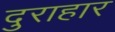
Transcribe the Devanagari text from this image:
दुराहार